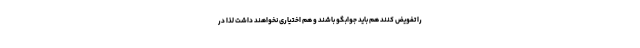
را تفویض کنند هم باید جوابگو باشند و هم اختیاری نخواهند داشت لذا در